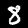
Label: 8